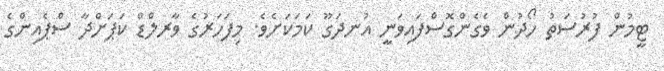
ޓީމުން ފުރުސަތު ހޯދުން ވެގެންގޮސްފައިވަނީ އުނދަގޫ ކަމަކަށެވެ. މިފަހަރުގެ ވާރލްޑް ކަޕަށްދާ ސްޕެއިންގެ